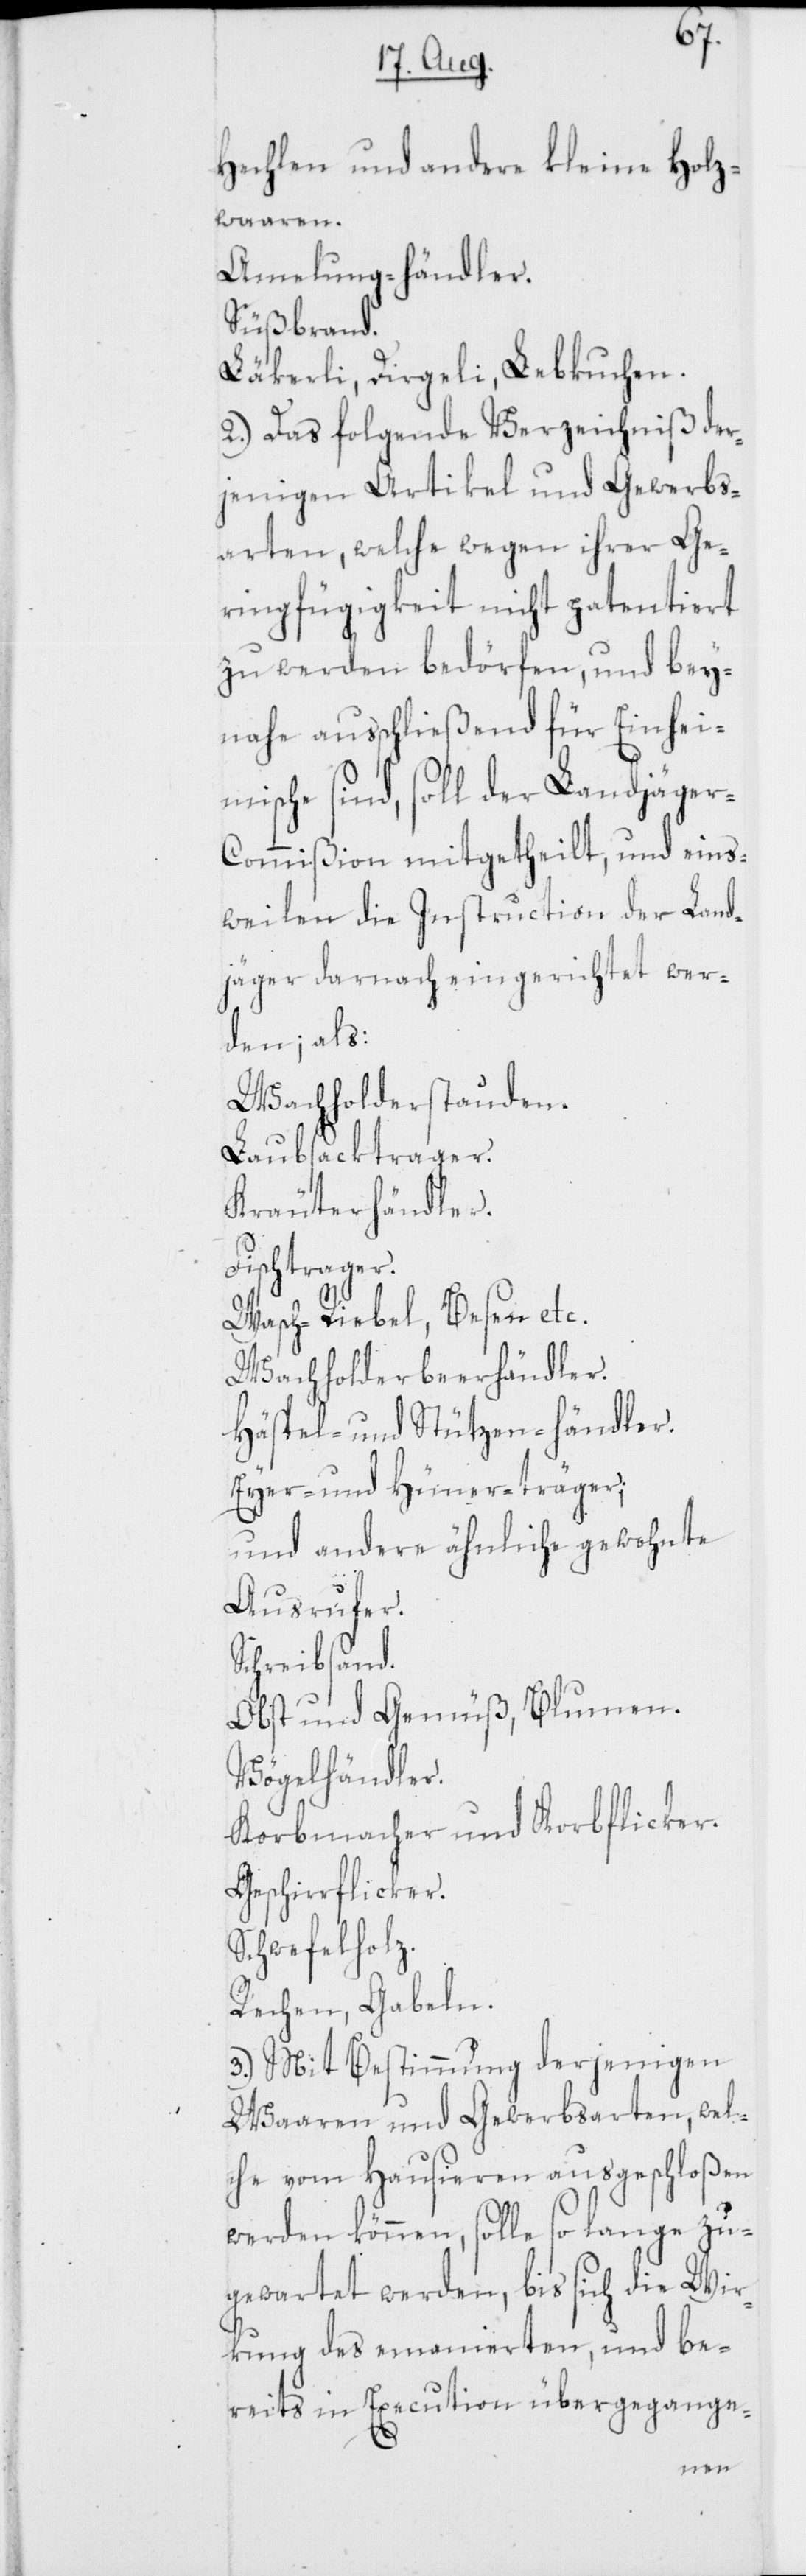
Hechlen und andere kleine Holz¬
waaren.
Amelung-händler.
Süßbrand.
Läkerli, Dirgeli, Lebkuchen.
2.) Das folgende Verzeichniß der¬
jenigen Artikel und Gewerbs¬
arten, welche wegen ihrer Ge¬
ringfügigkeit nicht patentiert
zu werden bedörfen, und bey¬
nahe ausschließend für Einhei¬
mische sind, soll der Landjäger-C¬
ommißion mitgetheilt, und eins¬
weilen die Instruction der Land¬
jäger darnach eingerichtet wer¬
den; als:
Wachholderstauden.
Laubsacktrager.
Kräuterhändler.
Fischtrager.
Wasch-Riebel, Besen etc.
Wachholderbeerhändler.
Häspel- und Stützen-händler.
Eyer- und Hüner-träger;
und andere ähnliche gewohnte
Ausrufer.
Schreibsand.
Obst und Gemüß, Blumen.
Vögelhändler.
Korbmacher und Korbflicker.
Geschirrflicker.
Schwefelholz.
Rechen, Gabeln.
3.) Mit Bestimmung derjenigen
Waaren und Gewerbsarten, wel¬
che vom Hausieren ausgeschloßen
werden können, solle so lange zu¬
gewartet werden, bis sich die Wir¬
kung des emanierten, und be¬
reits in Execution übergegange-